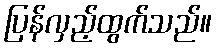
ပြန်လှည့်ထွက်သည်။